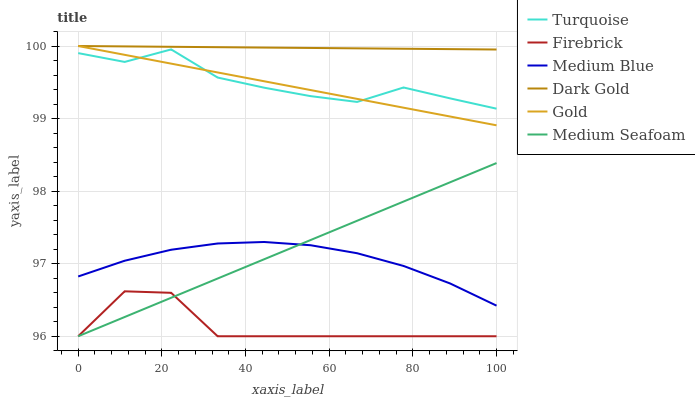
| xaxis_label | Turquoise | Firebrick | Medium Blue | Dark Gold | Gold | Medium Seafoam |
 | --- | --- | --- | --- | --- | --- | --- |
 | 0 | 99.9 | 96 | 96.8 | 100 | 100 | 96 |
 | 11.1 | 99.8 | 96.6 | 97 | 100 | 99.9 | 96.3 |
 | 22.2 | 100 | 96.6 | 97.2 | 100 | 99.8 | 96.5 |
 | 33.3 | 99.6 | 96 | 97.3 | 100 | 99.6 | 96.8 |
 | 44.4 | 99.4 | 96 | 97.3 | 100 | 99.5 | 97.1 |
 | 55.6 | 99.3 | 96 | 97.3 | 100 | 99.4 | 97.3 |
 | 66.7 | 99.2 | 96 | 97.1 | 100 | 99.3 | 97.6 |
 | 77.8 | 99.4 | 96 | 97 | 100 | 99.2 | 97.9 |
 | 88.9 | 99.3 | 96 | 96.7 | 100 | 99 | 98.1 |
 | 100 | 99.1 | 96 | 96.4 | 100 | 98.9 | 98.4 |